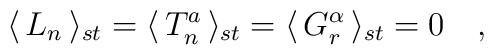
\langle\,L_n\,\rangle_{st}=\langle\,T_n^a\,\rangle_{st}  =\langle\,G_r^\alpha\,\rangle_{st}=0  \quad,